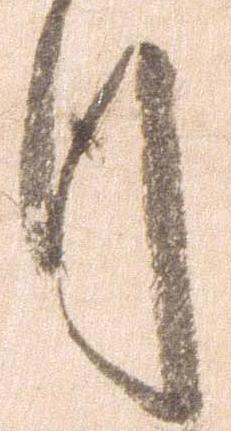
月